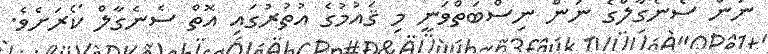
ނަން ސެނެގާލްގެ ނަން ނިސްބަތްވަނީ މި ޤައުމުގެ އުތުރުގައި އޮތް ސެނެގާލް ކޯރަށެވެ.